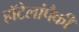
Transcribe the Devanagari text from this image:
हॉटेलांपैकी